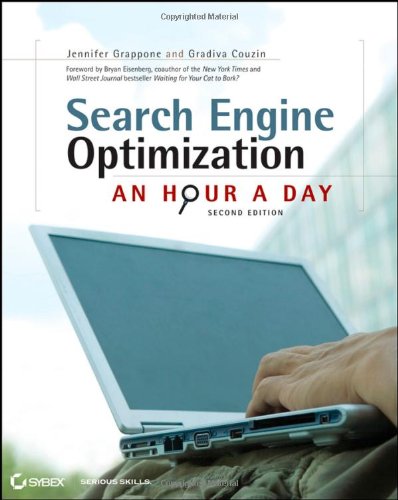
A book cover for Search Engine Optimization: An Hour a Day; Jennifer Grappone; Computers & Technology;